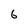
Character: 6